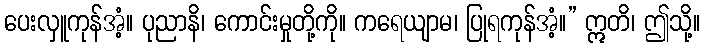
ပေးလှူကုန်အံ့။ ပုညာနိ၊ ကောင်းမှုတို့ကို။ ကရေယျာမ၊ ပြုရကုန်အံ့။” ဣတိ၊ ဤသို့။